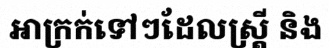
អាក្រក់ទៅៗដែលស្ត្រី និង